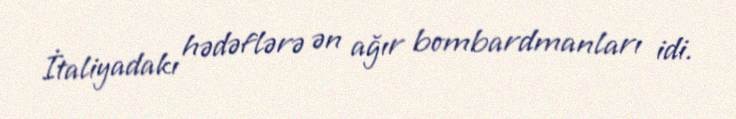
İtaliyadakı hədəflərə ən ağır bombardmanları idi.